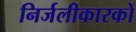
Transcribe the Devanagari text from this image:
निर्जलीकारकों